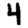
Digit: 4